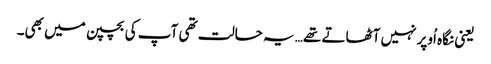
یعنی نگاہ اُوپر نہیں آٹھاتے تھے… یہ حالت تھی آپ کی بچپن میں بھی۔